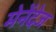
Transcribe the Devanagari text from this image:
मेनेंदेज